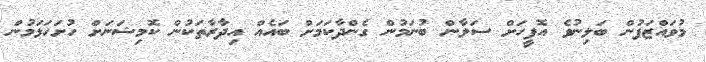
މުވައްޒަފުން ބަލިނުވެ އޮފީހަށް ސަލާން ބުނަމުން ގެންދާކަމަށް ބައެއް އިދާރާތަކުން ކޮމިޝަނަށް ހުށަހަޅަމުން